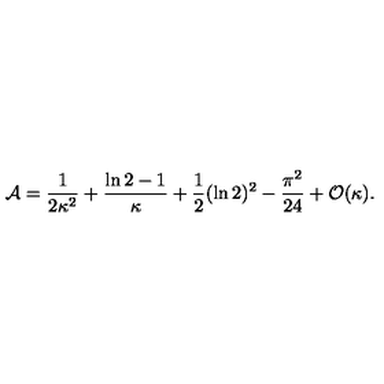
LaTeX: { \cal A } = { \frac { 1 } { 2 \kappa ^ { 2 } } } + { \frac { \ln 2 - 1 } { \kappa } } + { \frac { 1 } { 2 } } ( \ln 2 ) ^ { 2 } - { \frac { \pi ^ { 2 } } { 2 4 } } + { \cal O } ( \kappa ) .